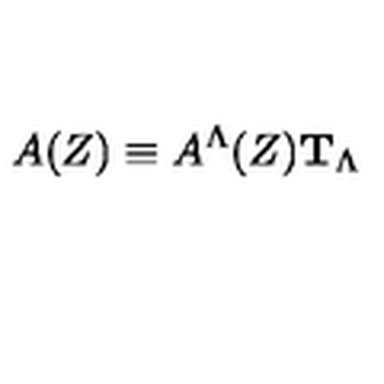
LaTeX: A ( Z ) \equiv A ^ { \Lambda } ( Z ) { \bf T } _ { \Lambda } \,